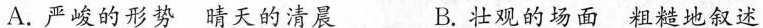
A.严峻的形势晴天的清晨 B.壮观的场面粗糙地叙述